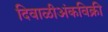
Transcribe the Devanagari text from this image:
दिवाळीअंकविक्री